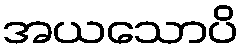
အယသောပိ